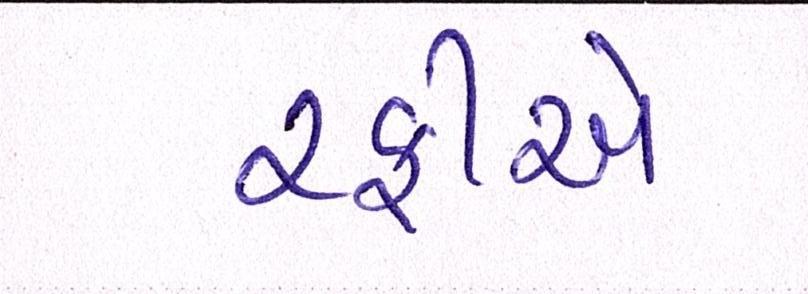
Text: રફીએ